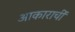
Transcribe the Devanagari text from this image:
आकाराचीं